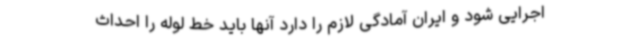
اجرایی شود و ایران آمادگی لازم را دارد آنها باید خط لوله را احداث